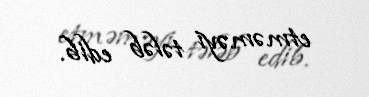
etməməyi tələb edib.